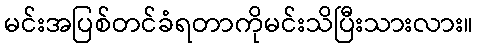
မင်းအပြစ်တင်ခံရတာကိုမင်းသိပြီးသားလား။